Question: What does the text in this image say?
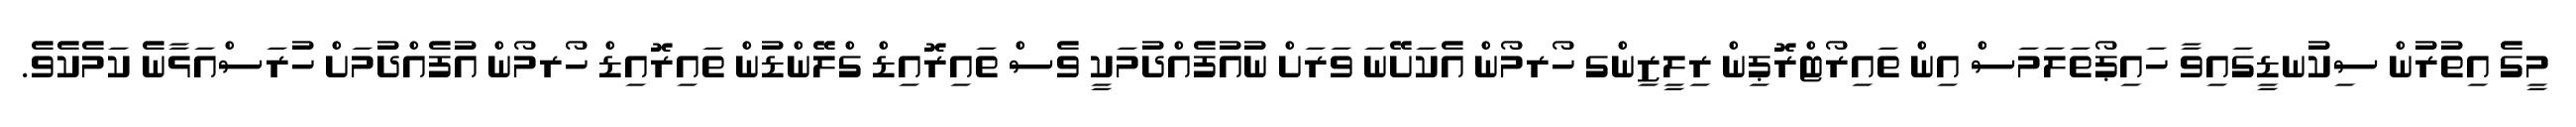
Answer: މީގެ އިތުރުން ސިކުނޑީގައިވާ ހައިޕޯތަލަމަސް އިން ތައިރޯޓްރޮޕިން ރިލީޒިންގ ހޯރމޯން އެކަށޭނަ ވަރަށް ނުއުފެއްދުމަކީ ވެސް ތައިރޮއިޑް ގްލޭންޑުން ތައިރޮއިޑް ހޯރމޯން އުފެއްދުމަށް ހުރަސްއަޅާނެ ކަމެކެވެ.